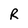
Character: R